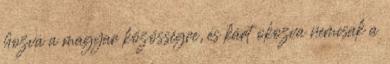
hozva a magyar közösségre, és kárt okozva nemcsak a